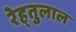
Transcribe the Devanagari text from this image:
रेह्तुलाल